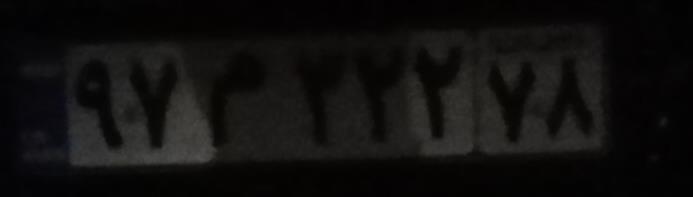
۹۷م۳۲۲۷۸